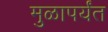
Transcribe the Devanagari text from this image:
मुळापर्यंत